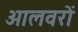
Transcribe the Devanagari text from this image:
आलवरों